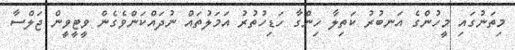
މިތަނުގައި މީހުންގެ އަނބުރު ކަތިލާ ހިންގާ ހަޑިހުތުރު އަމަލުތައް ނުދައްކަންވެގެން ވީޓީވީން ޖަލްސާ